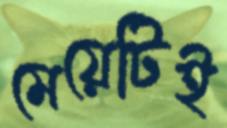
মেয়েটিই